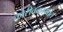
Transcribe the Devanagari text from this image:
कोरीवकामांत